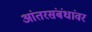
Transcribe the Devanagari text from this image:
आंतरसंबंधांवर